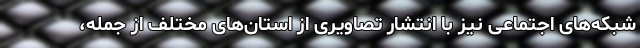
شبکه‌های اجتماعی نیز با انتشار تصاویری از استان‌های مختلف از جمله،